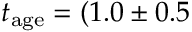
t _ { \mathrm { a g e } } = ( 1 . 0 \pm 0 . 5